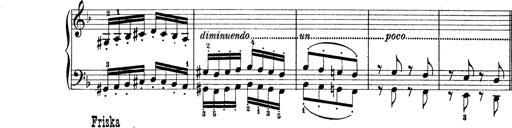
Title: Rapsodie: 19 ungheresi, 1 spagnuola
Composer: Franz Liszt